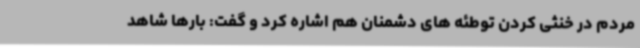
مردم در خنثی کردن توطئه های دشمنان هم اشاره کرد و گفت: بارها شاهد